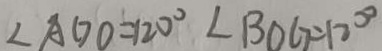
\angle A G O = 1 2 0 ^ { \circ } \angle B O G = 1 2 0 ^ { \circ }